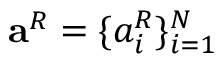
\mathbf { a } ^ { R } = \{ a _ { i } ^ { R } \} _ { i = 1 } ^ { N }